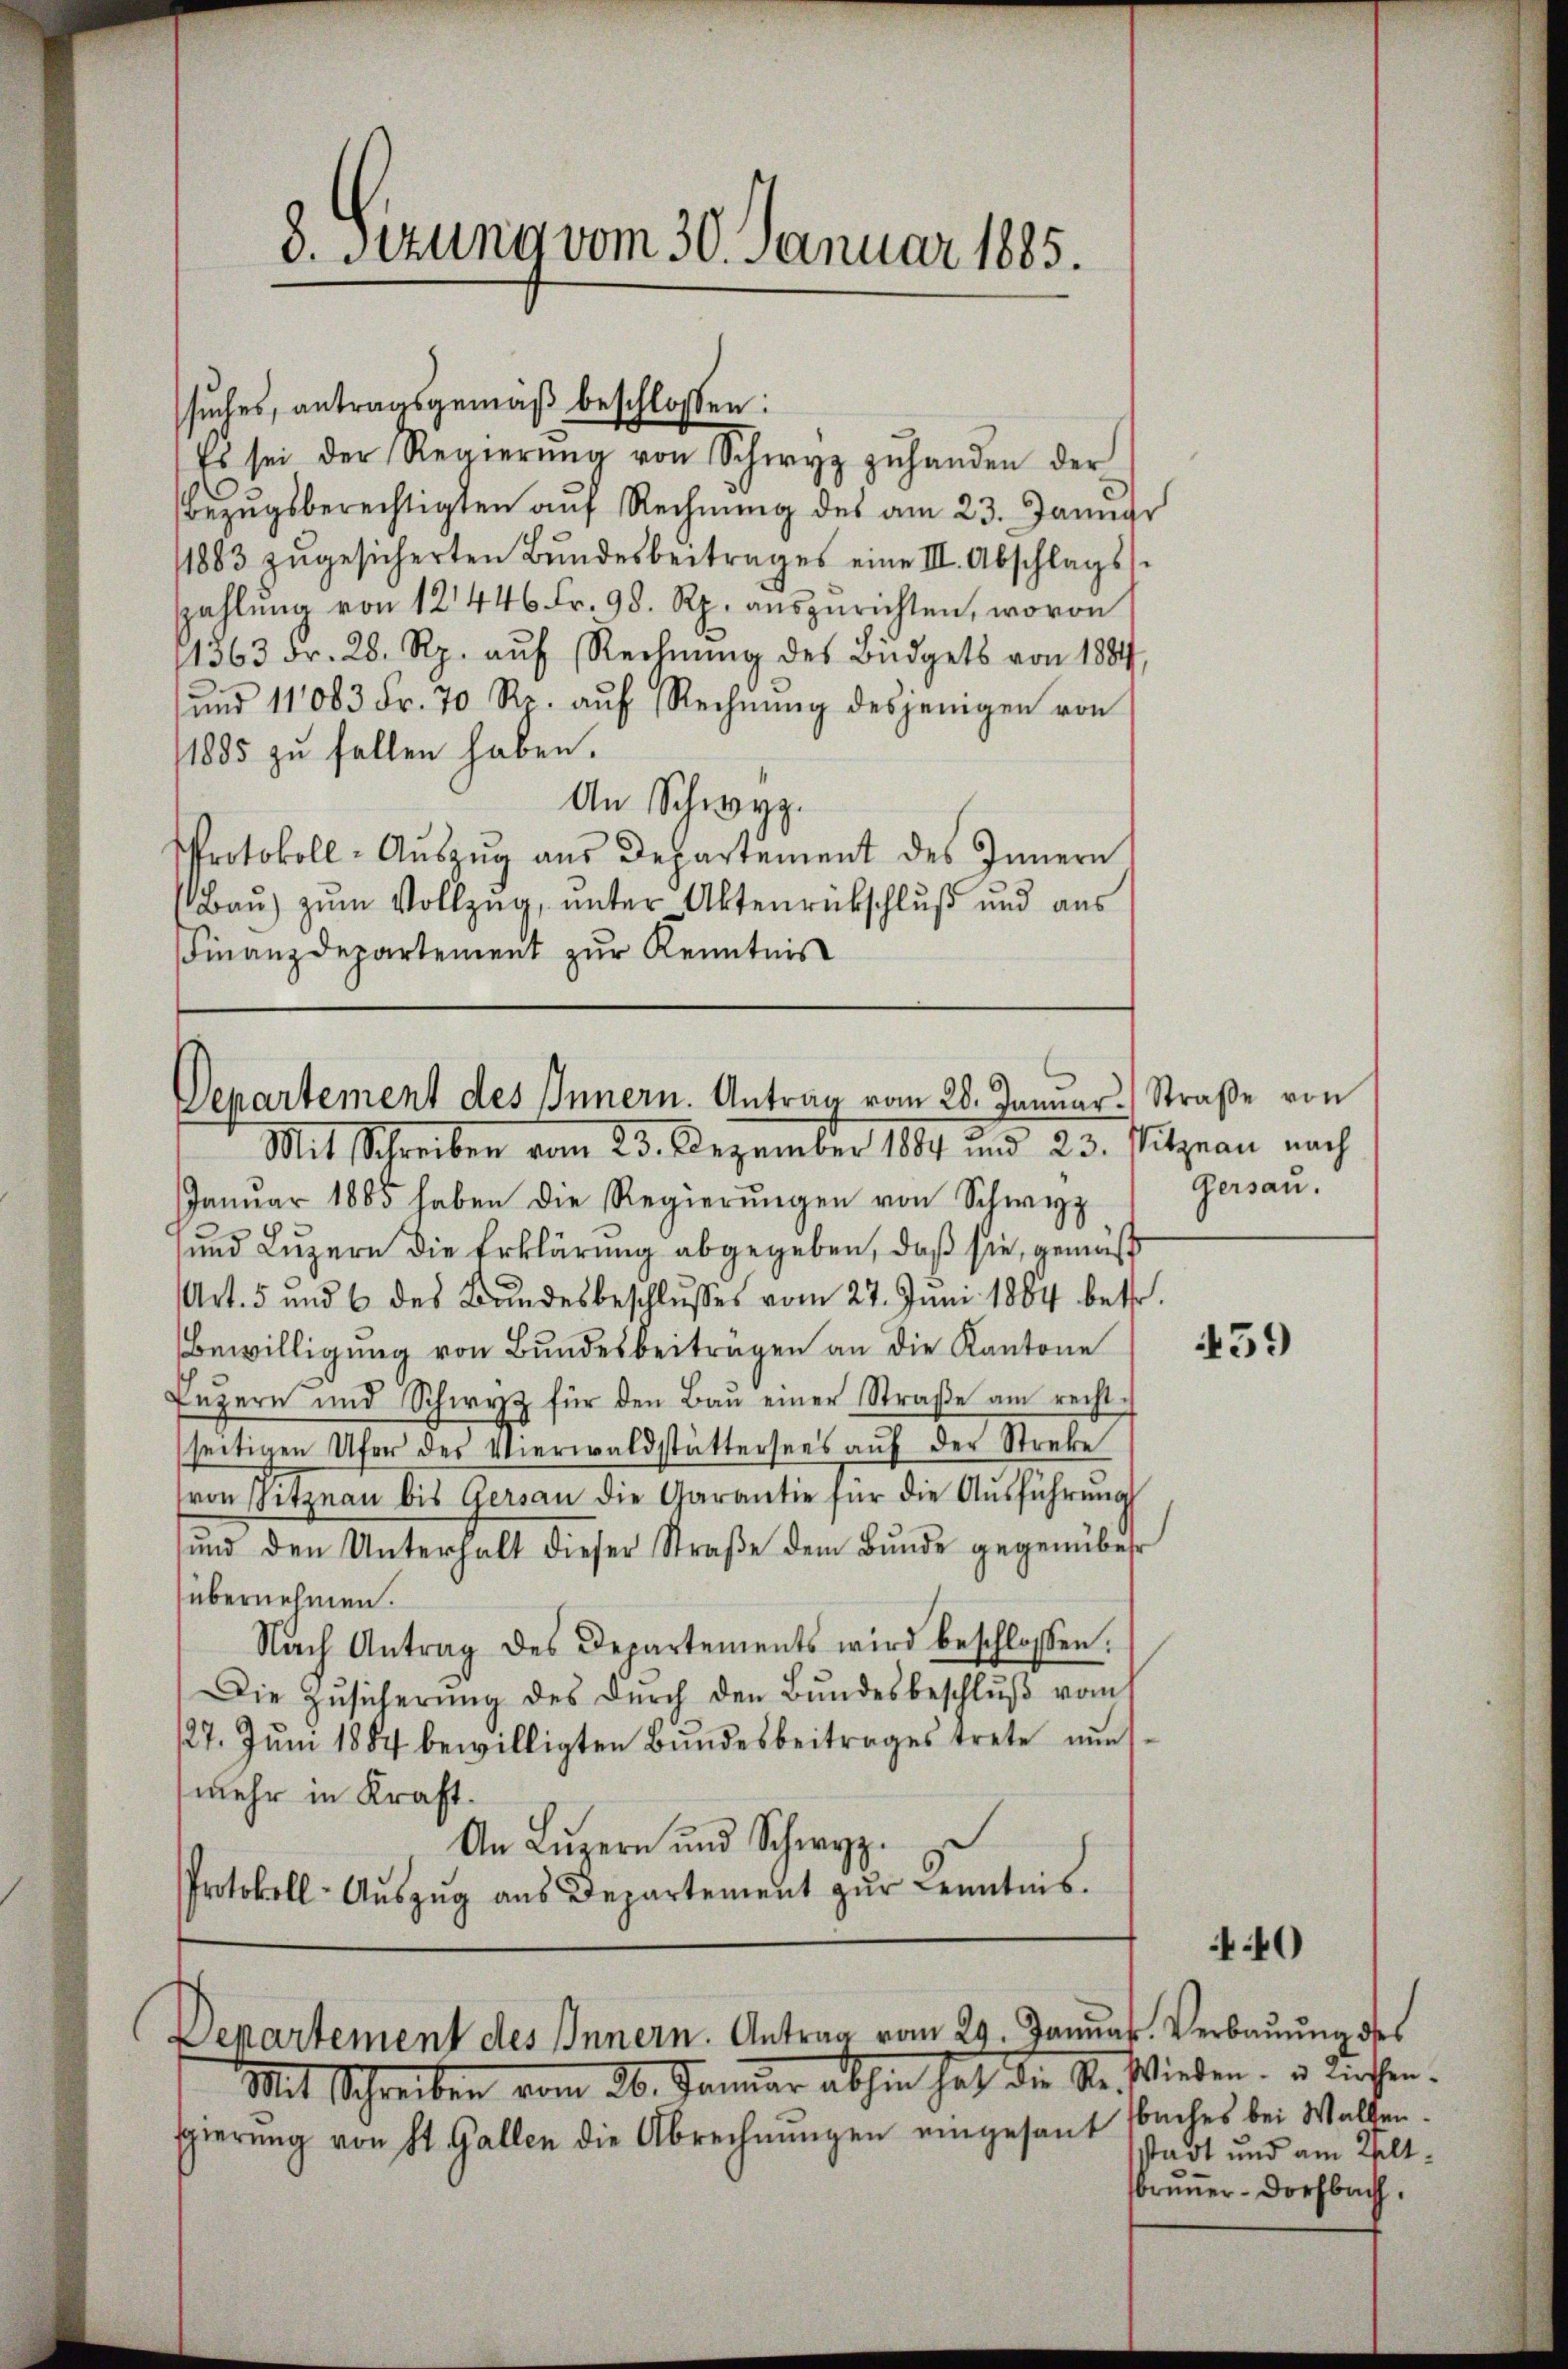
8. Sitzung vom 30. Januar 1885.

sŭches, antragsgemäβ beschlossen:
Bezugsberechtigten auf Rechnung des am 23. Januar
1883 zŭgesicherten Bŭndesbeitrages eine III. Abschlags-
zahlŭng von 12446 Fr. 98. Rp. aŭszŭrichten, wovon
11363 Fr. 28. Rp. aŭf Rechnŭng des Büdgets von 1884,
ŭnd 11083 Fr. 70 Rp. aŭf Rechnŭng desjenigen von
1885 zu fallen haben.
An Schwyz.
Protokoll-Aŭszŭg aŭs Departement des Innern
Baŭ zŭm Vollzŭg, ŭnter Aktenrückschluß und aus
Finanzdepartement zur Kenntnis

Es sei der Regierŭng von Schwyz zŭhanden der

Departement des Innern. Antrag vom 28. Januar. Straβe von
Mit Schreiben vom 23. Dezember 1884 und 23. Vitznau nach

Mit Schreiben vom 26. Januar abhin hat die Ste
ggierŭng von St. Gallen die Abrechnŭngen eingesant

Departement des Innern. Antrag vom 29. Januar. Verbauung des

Janŭar 1885 haben die Regierŭngen von Schwyz
und Luzern die Erklärung abgegeben, daß sie, gemäß
Art. 5 und 6 des Bundesbeschlusses vom 27. Juni 1864 betr.
Bewilligung von Bundesbeiträgen an die Kantone
Luzern und Schwyz für den Baŭ einer Straβe am recht-
seitigen Ufer der Verwaldstättersees aŭf der Streke
von Sitznau bis Gersau die Garantie für die Aŭsführŭng
ŭnd den Unterhalt dieser Straβe dem Bŭnde gegenüber
übernehmen.
Nach Antrag des Departements wird beschlossen.
Die Zŭsicherŭng des dŭrch den Bŭndesbeschlŭβ vom
127. Jŭni 1884 bewilligten Bŭndesbeitrages trete nŭn
mehr in Kraft.
An Luzern und Schwyz.
Protokoll-Aŭszŭg aŭs Departement zŭr Kenntnis.

Gersau.

459

40

Wieden- u. Kirchen.
buches bei Walten.
stadt und am Velt¬
Brunner- Dorfbach.